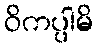
ဝိကပ္ပါမိ